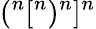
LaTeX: {(}^{n}{[}^{n}{)}^{n}{]}^{n}